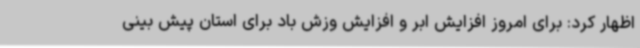
اظهار کرد: برای امروز افزایش ابر و افزایش وزش باد برای استان پیش بینی